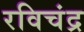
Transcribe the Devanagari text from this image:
रविचंद्र